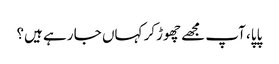
پاپا، آپ مجھے چھوڑکر کہاں جا رہے ہیں؟